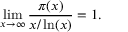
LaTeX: \operatorname* { l i m } _ { x \rightarrow \infty } { \frac { \pi ( x ) } { x / \ln ( x ) } } = 1 .